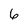
Character: 6